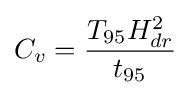
C_{v}={\frac {T_{95}H_{dr}^{2}}{t_{95}}}